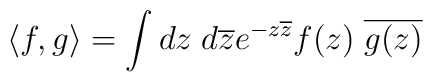
\langle f, g\rangle= \int dz\;d\overline{z}e^{-z\overline{z}} f(z) \;\overline{g(z)}